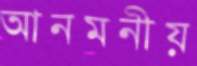
আনমনীয়